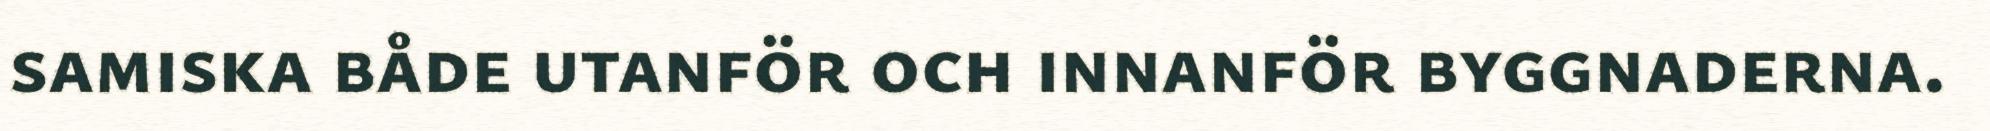
samiska både utanför och innanför byggnaderna.